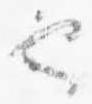
也